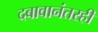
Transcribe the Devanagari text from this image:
दबावानंतरही